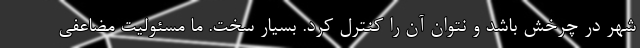
شهر در چرخش باشد و نتوان آن را کنترل کرد. بسیار سخت. ما مسئولیت مضاعفی